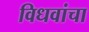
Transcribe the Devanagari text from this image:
विधवांचा